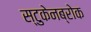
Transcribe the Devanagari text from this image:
स्टुकेनब्रोक